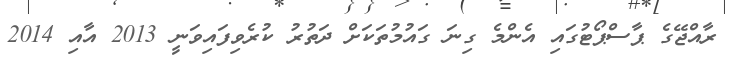
ރާއްޖޭގެ ޕާސްޕޯޓުގައި އެންމެ ގިނަ ގައުމުތަކަށް ދަތުރު ކުރެވިފައިވަނީ 2013 އާއި 2014